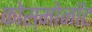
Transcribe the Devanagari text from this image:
कोस्मोनॉट